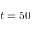
t = 5 0